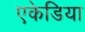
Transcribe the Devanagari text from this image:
एकेडिया